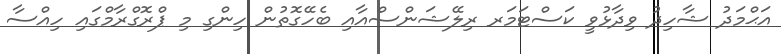
އަޙްމަދު ޝާހިދު ވިދާޅުވީ ކަސްޓަމަރ ރިލޭޝަންސްއާއި ބެހޭގޮތުން ހިންގި މި ޕްރޮގްރާމްގައި ހިއްސާ